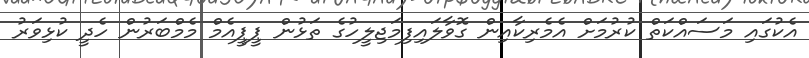
އެކުގައި މަސައްކަތް ކުރުމަށް އެމެރިކާއިން ގޮވާލައިފިމަޖިލީހުގެ ތަޅުން ޕީޕީއެމް މެމްބަރުން ހެދީ ކުޅިވަރު